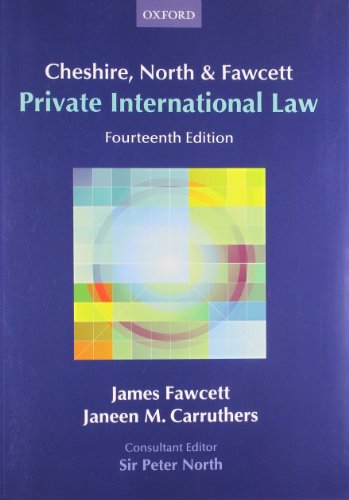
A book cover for Cheshire, North & Fawcett: Private International Law; James Fawcett; Law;